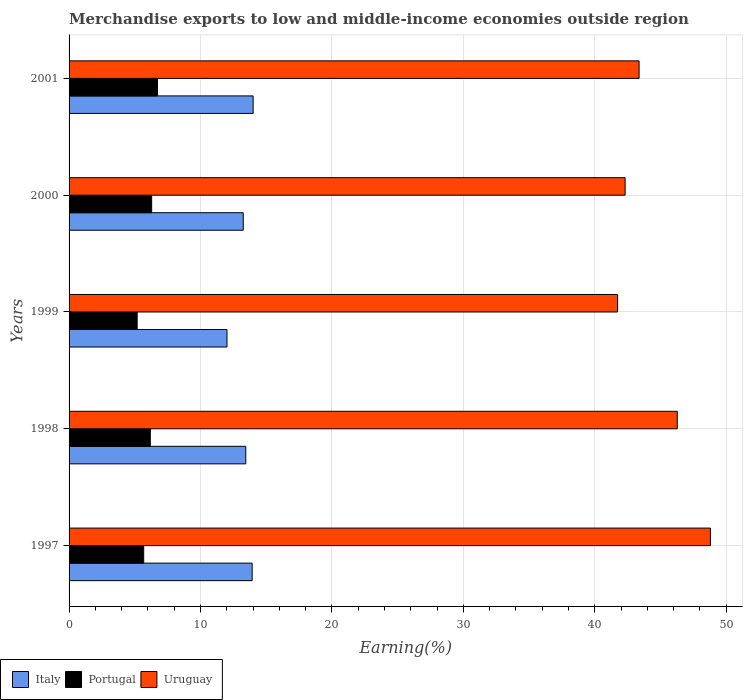
| Years | Italy | Portugal | Uruguay |
 | --- | --- | --- | --- |
 | 1997 | 13.9 | 5.68 | 48.8 |
 | 1998 | 13.4 | 6.18 | 46.3 |
 | 1999 | 12 | 5.18 | 41.7 |
 | 2000 | 13.3 | 6.28 | 42.3 |
 | 2001 | 14 | 6.73 | 43.4 |